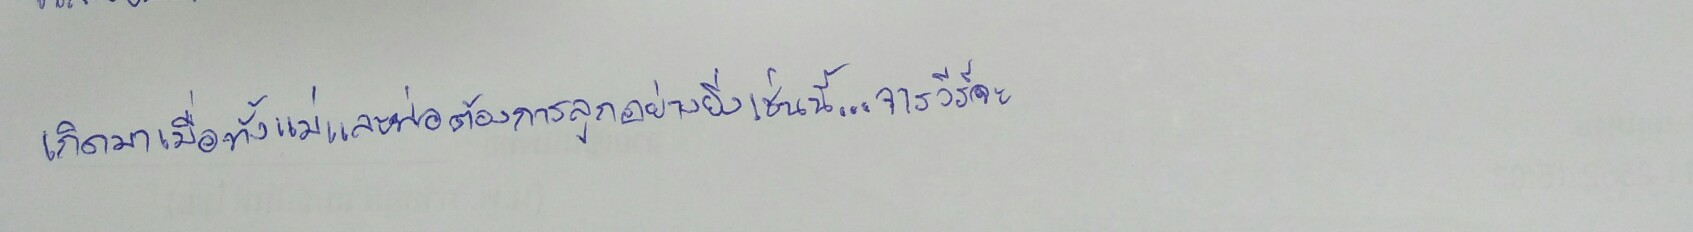
เกิดมาเมื่อทั้งแม่และพ่อต้องการลูกอย่างยิ่งเช่นนี้...จารวีร์จะ